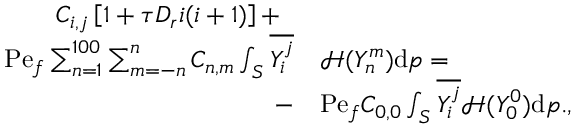
\begin{array} { r l } { C _ { i , j } \left[ 1 + \tau D _ { r } i ( i + 1 ) \right] + \; \; } & { } \\ { \mathrm { P e } _ { f } \sum _ { n = 1 } ^ { 1 0 0 } \sum _ { m = - n } ^ { n } C _ { n , m } \int _ { S } \overline { { Y _ { i } ^ { j } } } } & { \mathcal { H } ( Y _ { n } ^ { m } ) \mathrm { d } \boldsymbol { p } = } \\ { - } & { \mathrm { P e } _ { f } C _ { 0 , 0 } \int _ { S } \overline { { Y _ { i } ^ { j } } } \mathcal { H } ( Y _ { 0 } ^ { 0 } ) \mathrm { d } \boldsymbol { p } . , } \end{array}